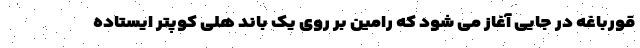
قورباغه در جایی آغاز می شود که رامین بر روی یک باند هلی کوپتر ایستاده